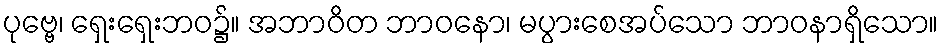
ပုဗ္ဗေ၊ ရှေးရှေးဘဝ၌။ အဘာဝိတ ဘာဝနော၊ မပွားစေအပ်သော ဘာဝနာရှိသော။